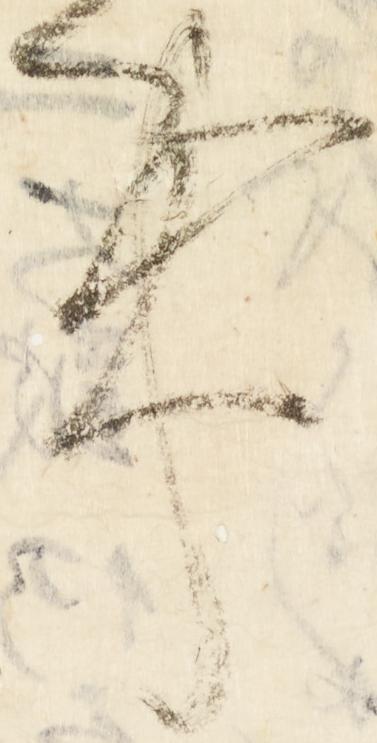
事